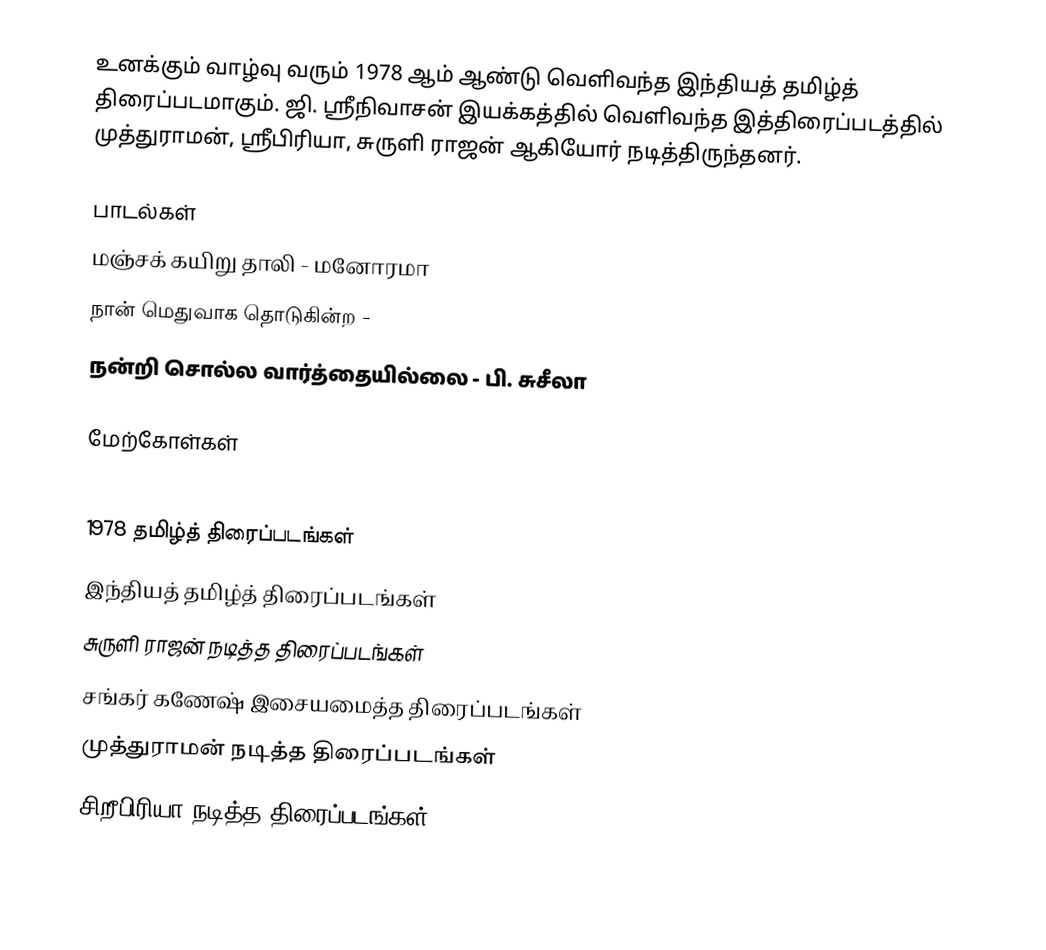
உனக்கும் வாழ்வு வரும் 1978 ஆம் ஆண்டு வெளிவந்த இந்தியத் தமிழ்த் திரைப்படமாகும். ஜி. ஸ்ரீநிவாசன் இயக்கத்தில் வெளிவந்த இத்திரைப்படத்தில் முத்துராமன், ஸ்ரீபிரியா, சுருளி ராஜன் ஆகியோர் நடித்திருந்தனர்.

பாடல்கள்
 மஞ்சக் கயிறு தாலி -  மனோரமா
 நான் மெதுவாக தொடுகின்ற -
 நன்றி சொல்ல வார்த்தையில்லை - பி. சுசீலா

மேற்கோள்கள்

1978 தமிழ்த் திரைப்படங்கள்
இந்தியத் தமிழ்த் திரைப்படங்கள்
சுருளி ராஜன் நடித்த திரைப்படங்கள்
சங்கர் கணேஷ் இசையமைத்த திரைப்படங்கள்
முத்துராமன் நடித்த திரைப்படங்கள்
சிறீபிரியா நடித்த திரைப்படங்கள்